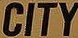
CITY